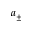
a _ { \pm }